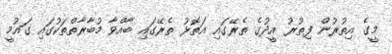
މީގެ އިތުރުން ފިތުރު އީދުގެ ތެރޭގައި އަތޮޅު ތެރޭގައި ބާއްވާ މުބާރާތްތަކުގައި ގައުމީ